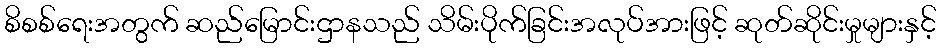
စိစစ်ရေးအတွက် ဆည်မြောင်းဌာနသည် သိမ်းပိုက်ခြင်းအလုပ်အားဖြင့် ဆုတ်ဆိုင်းမှုများနှင့်